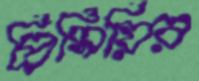
প্রিমিয়ির